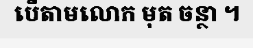
បើតាមលោក មុត ចន្ថា ។